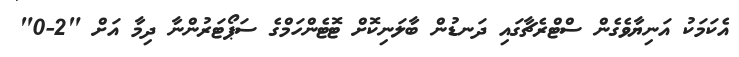
އެކަމަކު އަނިޔާވެގެން ސްޓްރެޗާގައި ދަނޑުން ބާލަނިކޮށް ޓޮޓެންހަމްގެ ސަޕޯޓަރުންނާ ދިމާ އަށް "2-0"